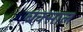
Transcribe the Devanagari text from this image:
बक्साल